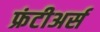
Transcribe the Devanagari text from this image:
फ्रंटीअर्स